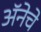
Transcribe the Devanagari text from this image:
अॅनेचे